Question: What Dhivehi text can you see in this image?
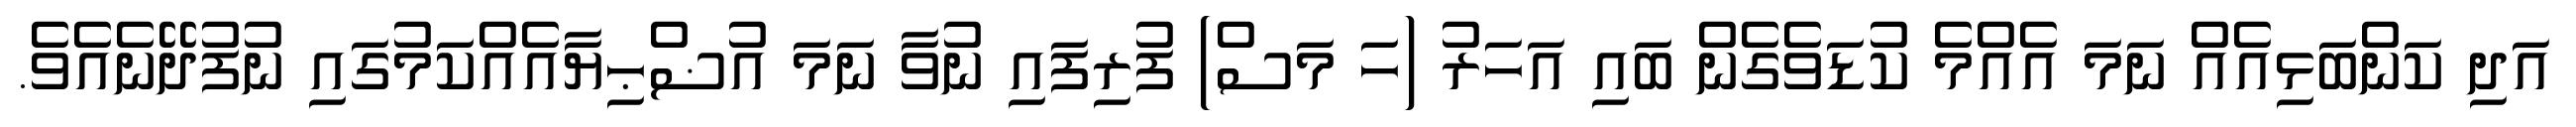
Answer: އަދި ކަންބަޅިއެއް ނަމަ އެއްމެ ކުޑަވެގެން ބައި އަހަރު (ހަ މަސް) ފުރިފައި ނުވާ ނަމަ އުޟްޙިޔާއެއްކަމުގައި ނުފުދޭނެއެވެ.